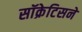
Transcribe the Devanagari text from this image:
सॉक्रेटिसने